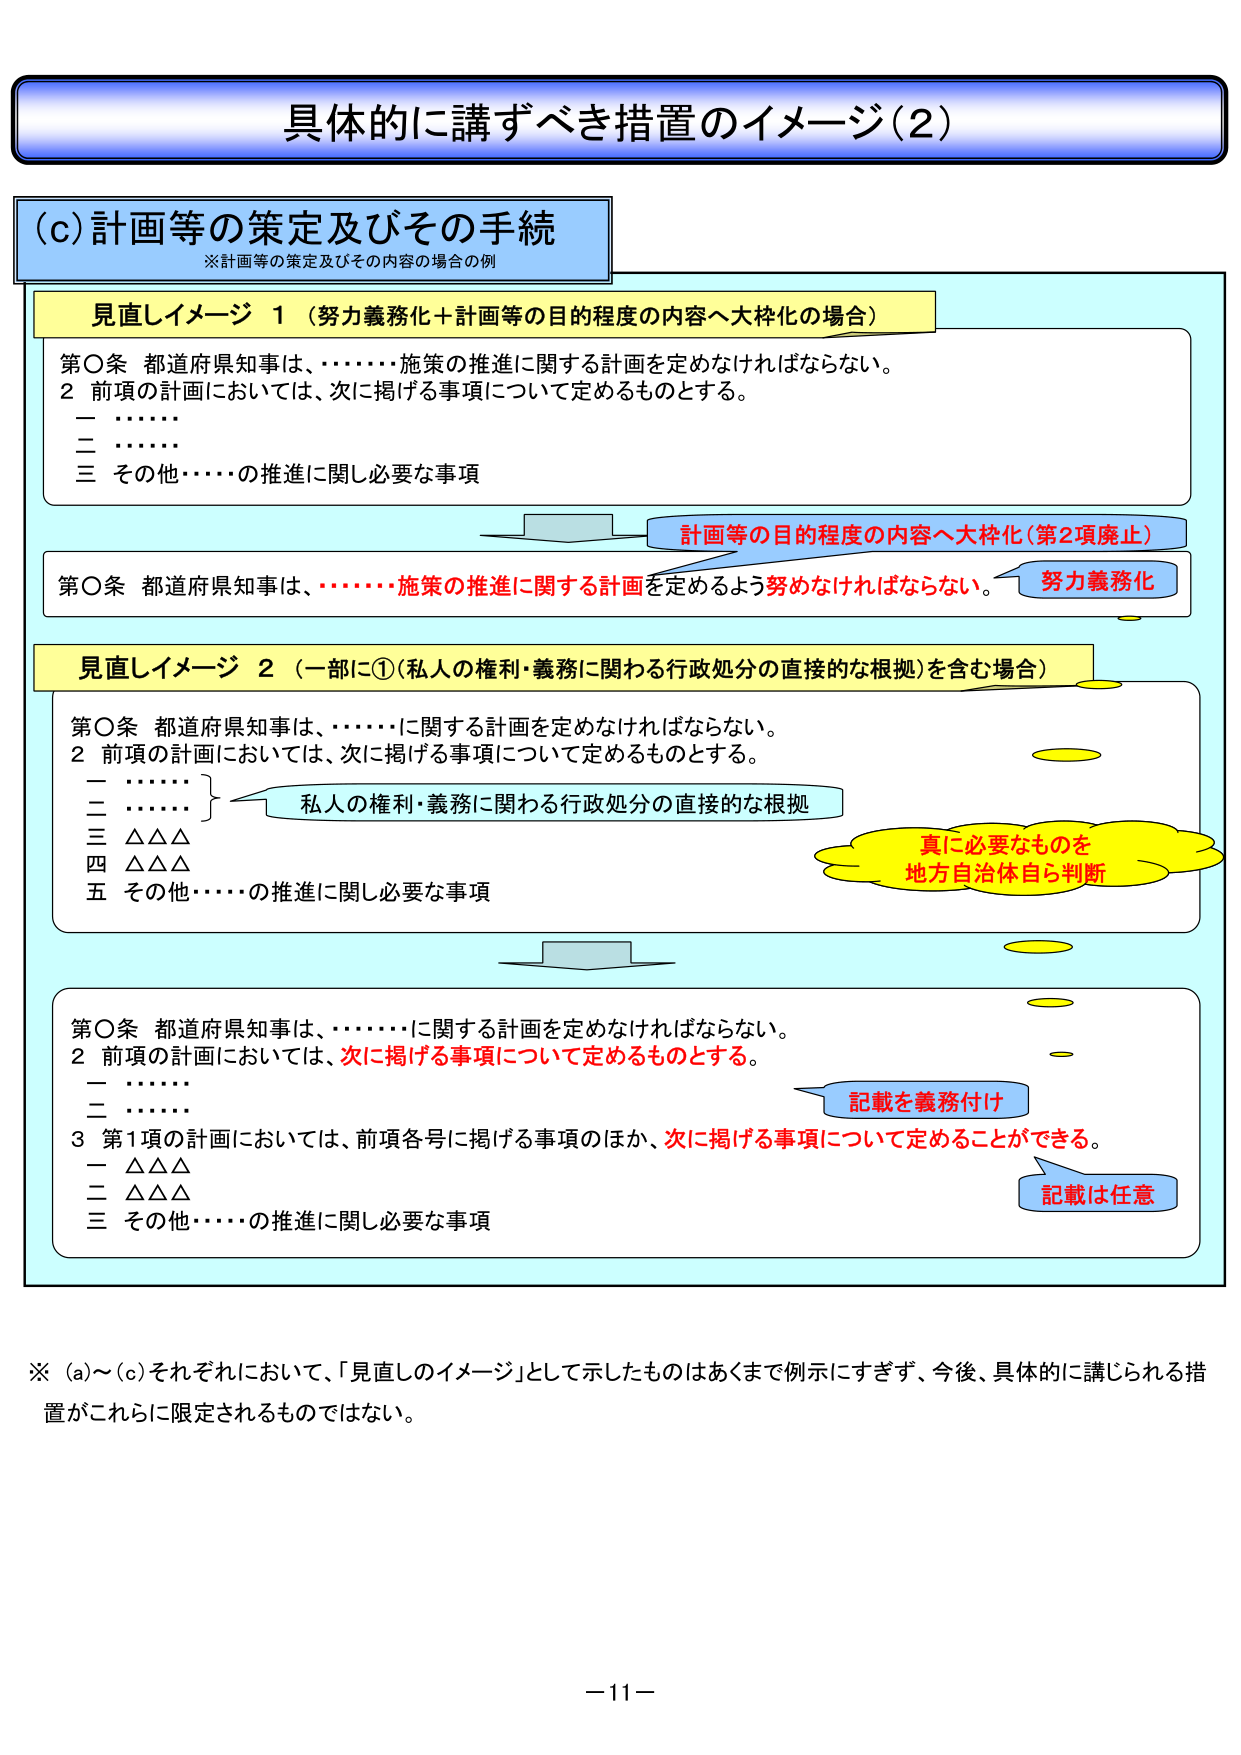
具体的に講ずべき措置のイメージ（2）

(c) 計画等の策定及びその手続
※計画等の策定及びその内容の場合の例

見直しイメージ 1（努力義務化＋計画等の目的程度の内容へ大枠化の場合）
第○条 都道府県知事は、………施策の推進に関する計画を定めなければならない。
2 前項の計画においては、次に掲げる事項について定めるものとする。
一 ………
二 ………
三 その他……の推進に関し必要な事項

計画等の目的程度の内容へ大枠化（第2項廃止）
努力義務化

第○条 都道府県知事は、………施策の推進に関する計画を定めるよう努めなければならない。

見直しイメージ 2（一部に①（私人の権利・義務に関わる行政処分の直接的な根拠）を含む場合）
第○条 都道府県知事は、………に関する計画を定めなければならない。
2 前項の計画においては、次に掲げる事項について定めるものとする。
一 ………
二 ………
三 △△△
四 △△△
五 その他……の推進に関し必要な事項

私人の権利・義務に関わる行政処分の直接的な根拠
真に必要なものを
地方自治体自ら判断

第○条 都道府県知事は、………に関する計画を定めなければならない。
2 前項の計画においては、次に掲げる事項について定めるものとする。
一 ………
二 ………
3 第1項の計画においては、前項各号に掲げる事項のほか、次に掲げる事項について定めることができる。
一 △△△
二 △△△
三 その他……の推進に関し必要な事項

記載を義務付け
記載は任意

※ (a)～(c)それぞれにおいて、「見直しのイメージ」として示したものはあくまで例示にすぎず、今後、具体的に講じられる措置がこれらに限定されるものではない。

－11－